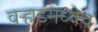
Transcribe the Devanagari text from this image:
वर्‍हाडमध्येच